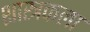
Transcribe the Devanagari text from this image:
शास्त्रकला